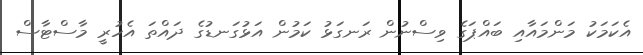
އެކަމަކު މަންމައާއި ބައްޕަގެ ވިސްނުން ރަނގަޅު ކަމުން އަޅުގަނޑުގެ ދައްތަ އެހުރީ މާސްޓާސް